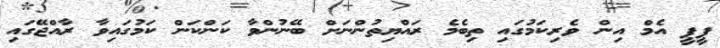
ޕީޕީ އެމް އިން ވެރިކަމުގައި ތިބެމެ ރައްޔިތުންނަށް ބޭނުންވާ ކަންކަން ކަމުގައިވާ ރާއްޖޭގައި